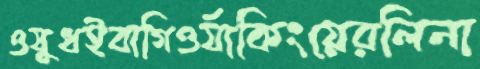
ওষুধইবাগিওর‍্যাকিংয়েরলিনা